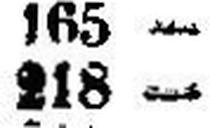
218 —